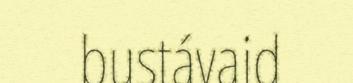
bustávaid